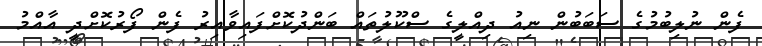
ފެން ނުލިބުމުގެ ސަބަބުން ނިއު ދިއްލީގެ ސްކޫލުތައް ބަންދުކޮށްފައިވާއިރު ފެން ފޯރުކޮށްދީ އާއްމު